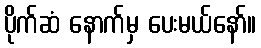
ပိုက်ဆံ နောက်မှ ပေးမယ်နော်။